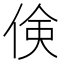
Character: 倹